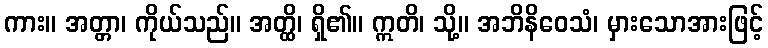
ကား။ အတ္တာ၊ ကိုယ်သည်။ အတ္ထိ၊ ရှိ၏။ ဣတိ၊ သို့။ အဘိနိဝေသံ၊ မှားသောအားဖြင့်